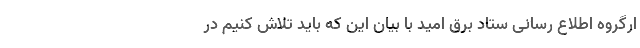
ارگروه اطلاع رسانی ستاد برق امید با بیان این که باید تلاش کنیم در